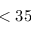
< 3 5